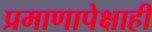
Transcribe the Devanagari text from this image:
प्रमाणापेक्षाही